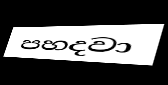
පහදවා